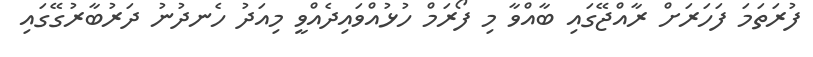
ފުރަތަމަ ފަހަރަށް ރާއްޖޭގައި ބާއްވާ މި ފޯރަމް ހުޅުއްވައިދެއްވީ މިއަދު ހެނދުނު ދަރުބާރުގޭގައި